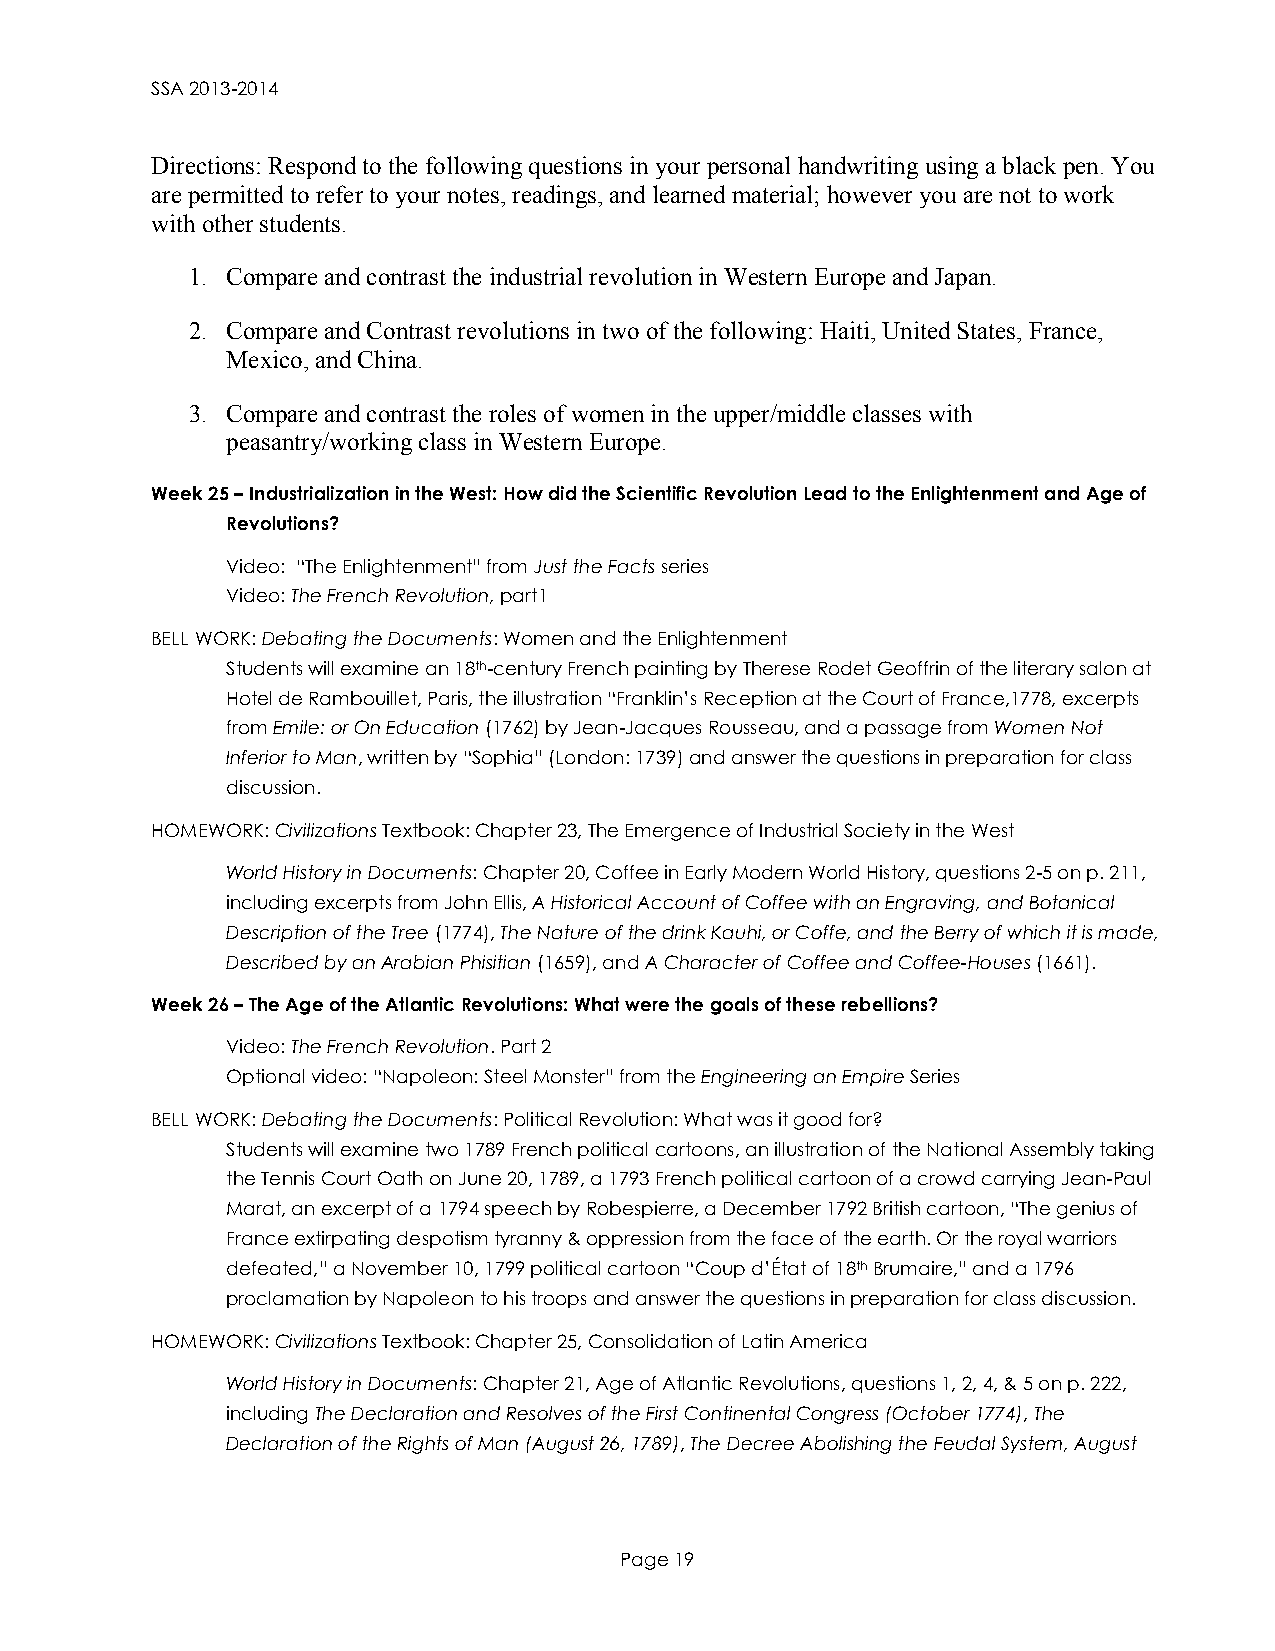
SSA 2013-2014
 Directions: Respond to the following questions in your personal handwriting using a black pen. You
 are permitted to refer to your notes, readings, and learned material; however you are not to work
 with other students.
 1. Compare and contrast the industrial revolution in Western Europe and Japan.
 2. Compare and Contrast revolutions in two of the following: Haiti, United States, France,
 Mexico, and China.
 3. Compare and contrast the roles of women in the upper/middle classes with
 peasantry/working class in Western Europe.
 Week 25 – Industrialization in the West: How did the Scientific Revolution Lead to the Enlightenment and Age of
 Revolutions?
 Video: “The Enlightenment” from Just the Facts series
 Video: The French Revolution, part1
 BELL WORK: Debating the Documents: Women and the Enlightenment
 Students will examine an 18th-century French painting by Therese Rodet Geoffrin of the literary salon at
 Hotel de Rambouillet, Paris, the illustration “Franklin’s Reception at the Court of France,1778, excerpts
 from Emile: or On Education (1762) by Jean-Jacques Rousseau, and a passage from Women Not
 Inferior to Man, written by “Sophia” (London: 1739) and answer the questions in preparation for class
 discussion.
 HOMEWORK: Civilizations Textbook: Chapter 23, The Emergence of Industrial Society in the West
 World History in Documents: Chapter 20, Coffee in Early Modern World History, questions 2-5 on p. 211,
 including excerpts from John Ellis, A Historical Account of Coffee with an Engraving, and Botanical
 Description of the Tree (1774), The Nature of the drink Kauhi, or Coffe, and the Berry of which it is made,
 Described by an Arabian Phisitian (1659), and A Character of Coffee and Coffee-Houses (1661).
 Week 26 – The Age of the Atlantic Revolutions: What were the goals of these rebellions?
 Video: The French Revolution. Part 2
 Optional video: “Napoleon: Steel Monster” from the Engineering an Empire Series
 BELL WORK: Debating the Documents: Political Revolution: What was it good for?
 Students will examine two 1789 French political cartoons, an illustration of the National Assembly taking
 the Tennis Court Oath on June 20, 1789, a 1793 French political cartoon of a crowd carrying Jean-Paul
 Marat, an excerpt of a 1794 speech by Robespierre, a December 1792 British cartoon, “The genius of
 France extirpating despotism tyranny & oppression from the face of the earth. Or the royal warriors
 defeated,” a November 10, 1799 political cartoon “Coup d’État of 18th Brumaire,” and a 1796
 proclamation by Napoleon to his troops and answer the questions in preparation for class discussion.
 HOMEWORK: Civilizations Textbook: Chapter 25, Consolidation of Latin America
 World History in Documents: Chapter 21, Age of Atlantic Revolutions, questions 1, 2, 4, & 5 on p. 222,
 including The Declaration and Resolves of the First Continental Congress (October 1774), The
 Declaration of the Rights of Man (August 26, 1789), The Decree Abolishing the Feudal System, August
 Page 19